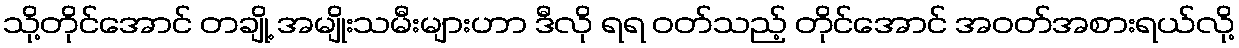
သို့တိုင်အောင် တချို့ အမျိုးသမီးများဟာ ဒီလို ရရ ဝတ်သည့် တိုင်အောင် အဝတ်အစားရယ်လို့